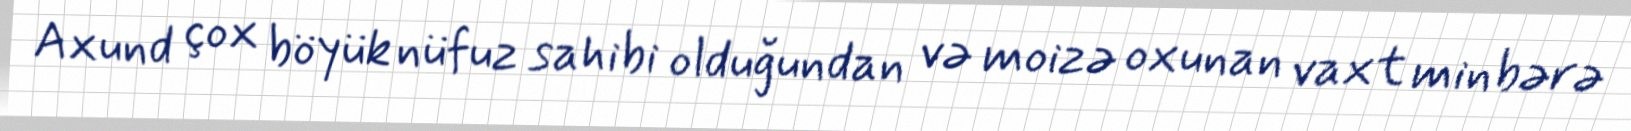
Axund çox böyük nüfuz sahibi olduğundan və moizə oxunan vaxt minbərə